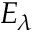
E _ { \lambda }